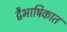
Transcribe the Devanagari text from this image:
द्वैभाषिकात